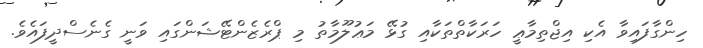
ހިންގާފައިވާ އެކި އިޖްތިމާޢީ ހަރަކާތްތަކާއި ގުޅޭ މަޢުލޫމާތު މި ޕްރެޒެންޓޭޝަންގައި ވަނީ ގެނެސްދީފައެވެ.